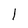
Character: l